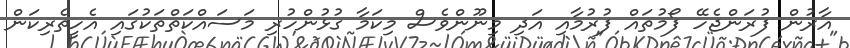
އާރުން ފުރަންޖެހޭ ފޯމުތައް ފުރުމާއި އަދި މިނޫންވެސް މިކަމާ ގުޅުންހުރި މަސައްކަތްތަކުގައި އެހީތެރިކަން